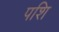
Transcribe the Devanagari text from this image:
पशि